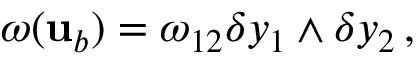
\omega ( { \mathbf { u } } _ { b } ) = \omega _ { 1 2 } \delta y _ { 1 } \wedge \delta y _ { 2 } \, ,